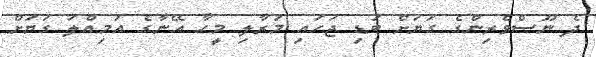
ދެ ނޫސްވެރިންގެ ގަޔަށް ބަޑި ޖަހައި މަރާލި މީހާ އޭނާގެ އަމިއްލަ ގަޔަށް